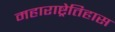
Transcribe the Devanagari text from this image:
महाराष्ट्रेतिहास